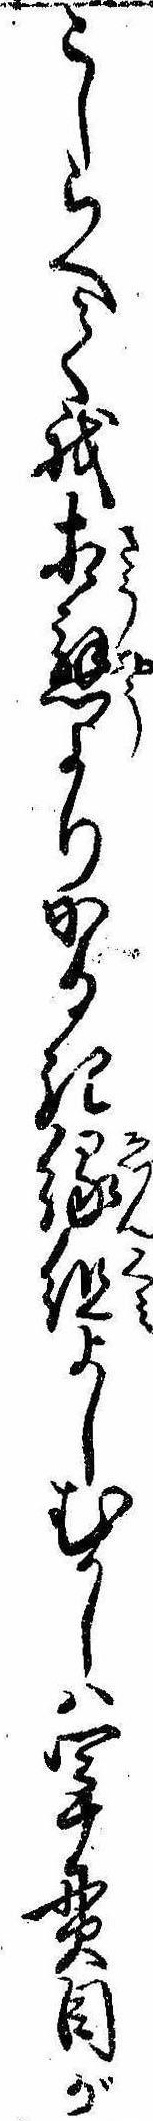
こしらへて我相応よりかるき縁組よしむかしは四十貫目が